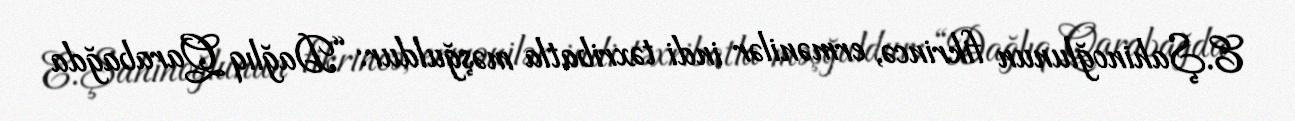
E.Şahinoğlunun fikrincə, ermənilər indi təxribatla məşğuldur: “Dağlıq Qarabağda